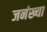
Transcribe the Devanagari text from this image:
जनंख्या